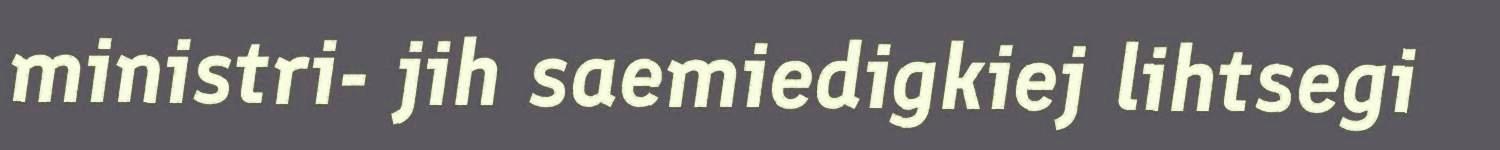
ministri- jih saemiedigkiej lihtsegi